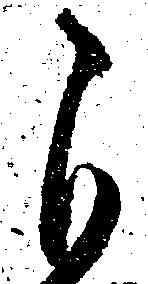
自